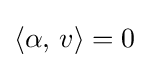
\left\langle \alpha ,\,v\right\rangle =0